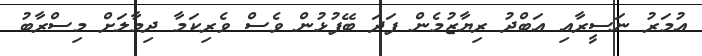
އުމަރު ނަސީރާއި އަބްދު ރިޔާޒުމެން ފަދަ ބޭފުޅުން ވެސް ވެރިކަމާ ދިމާލަށް މިސްރާބު